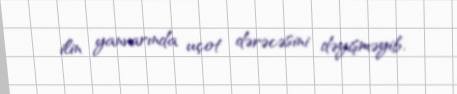
ilin yanvarında uçot dərəcəsini dəyişməyib.